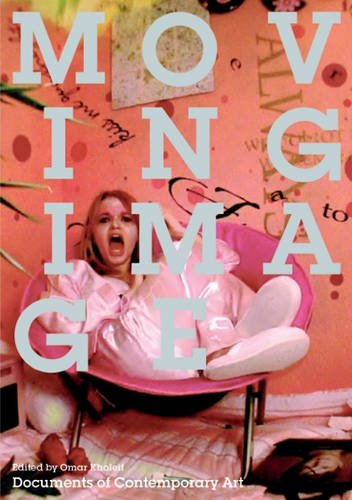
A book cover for Moving Image (Whitechapel: Documents of Contemporary Art); Arts & Photography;